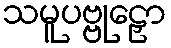
သမူပဗ္ဗုဠှော